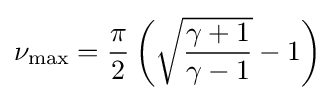
\nu _{\text{max}}={\frac {\pi }{2}}\left({\sqrt {\frac {\gamma +1}{\gamma -1}}}-1\right)